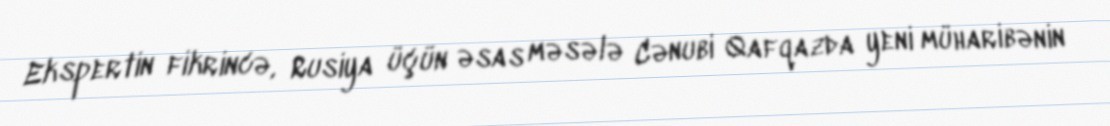
Ekspertin fikrincə, Rusiya üçün əsas məsələ Cənubi Qafqazda yeni müharibənin